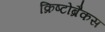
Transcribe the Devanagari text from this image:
क्रिष्टोब्रैकस